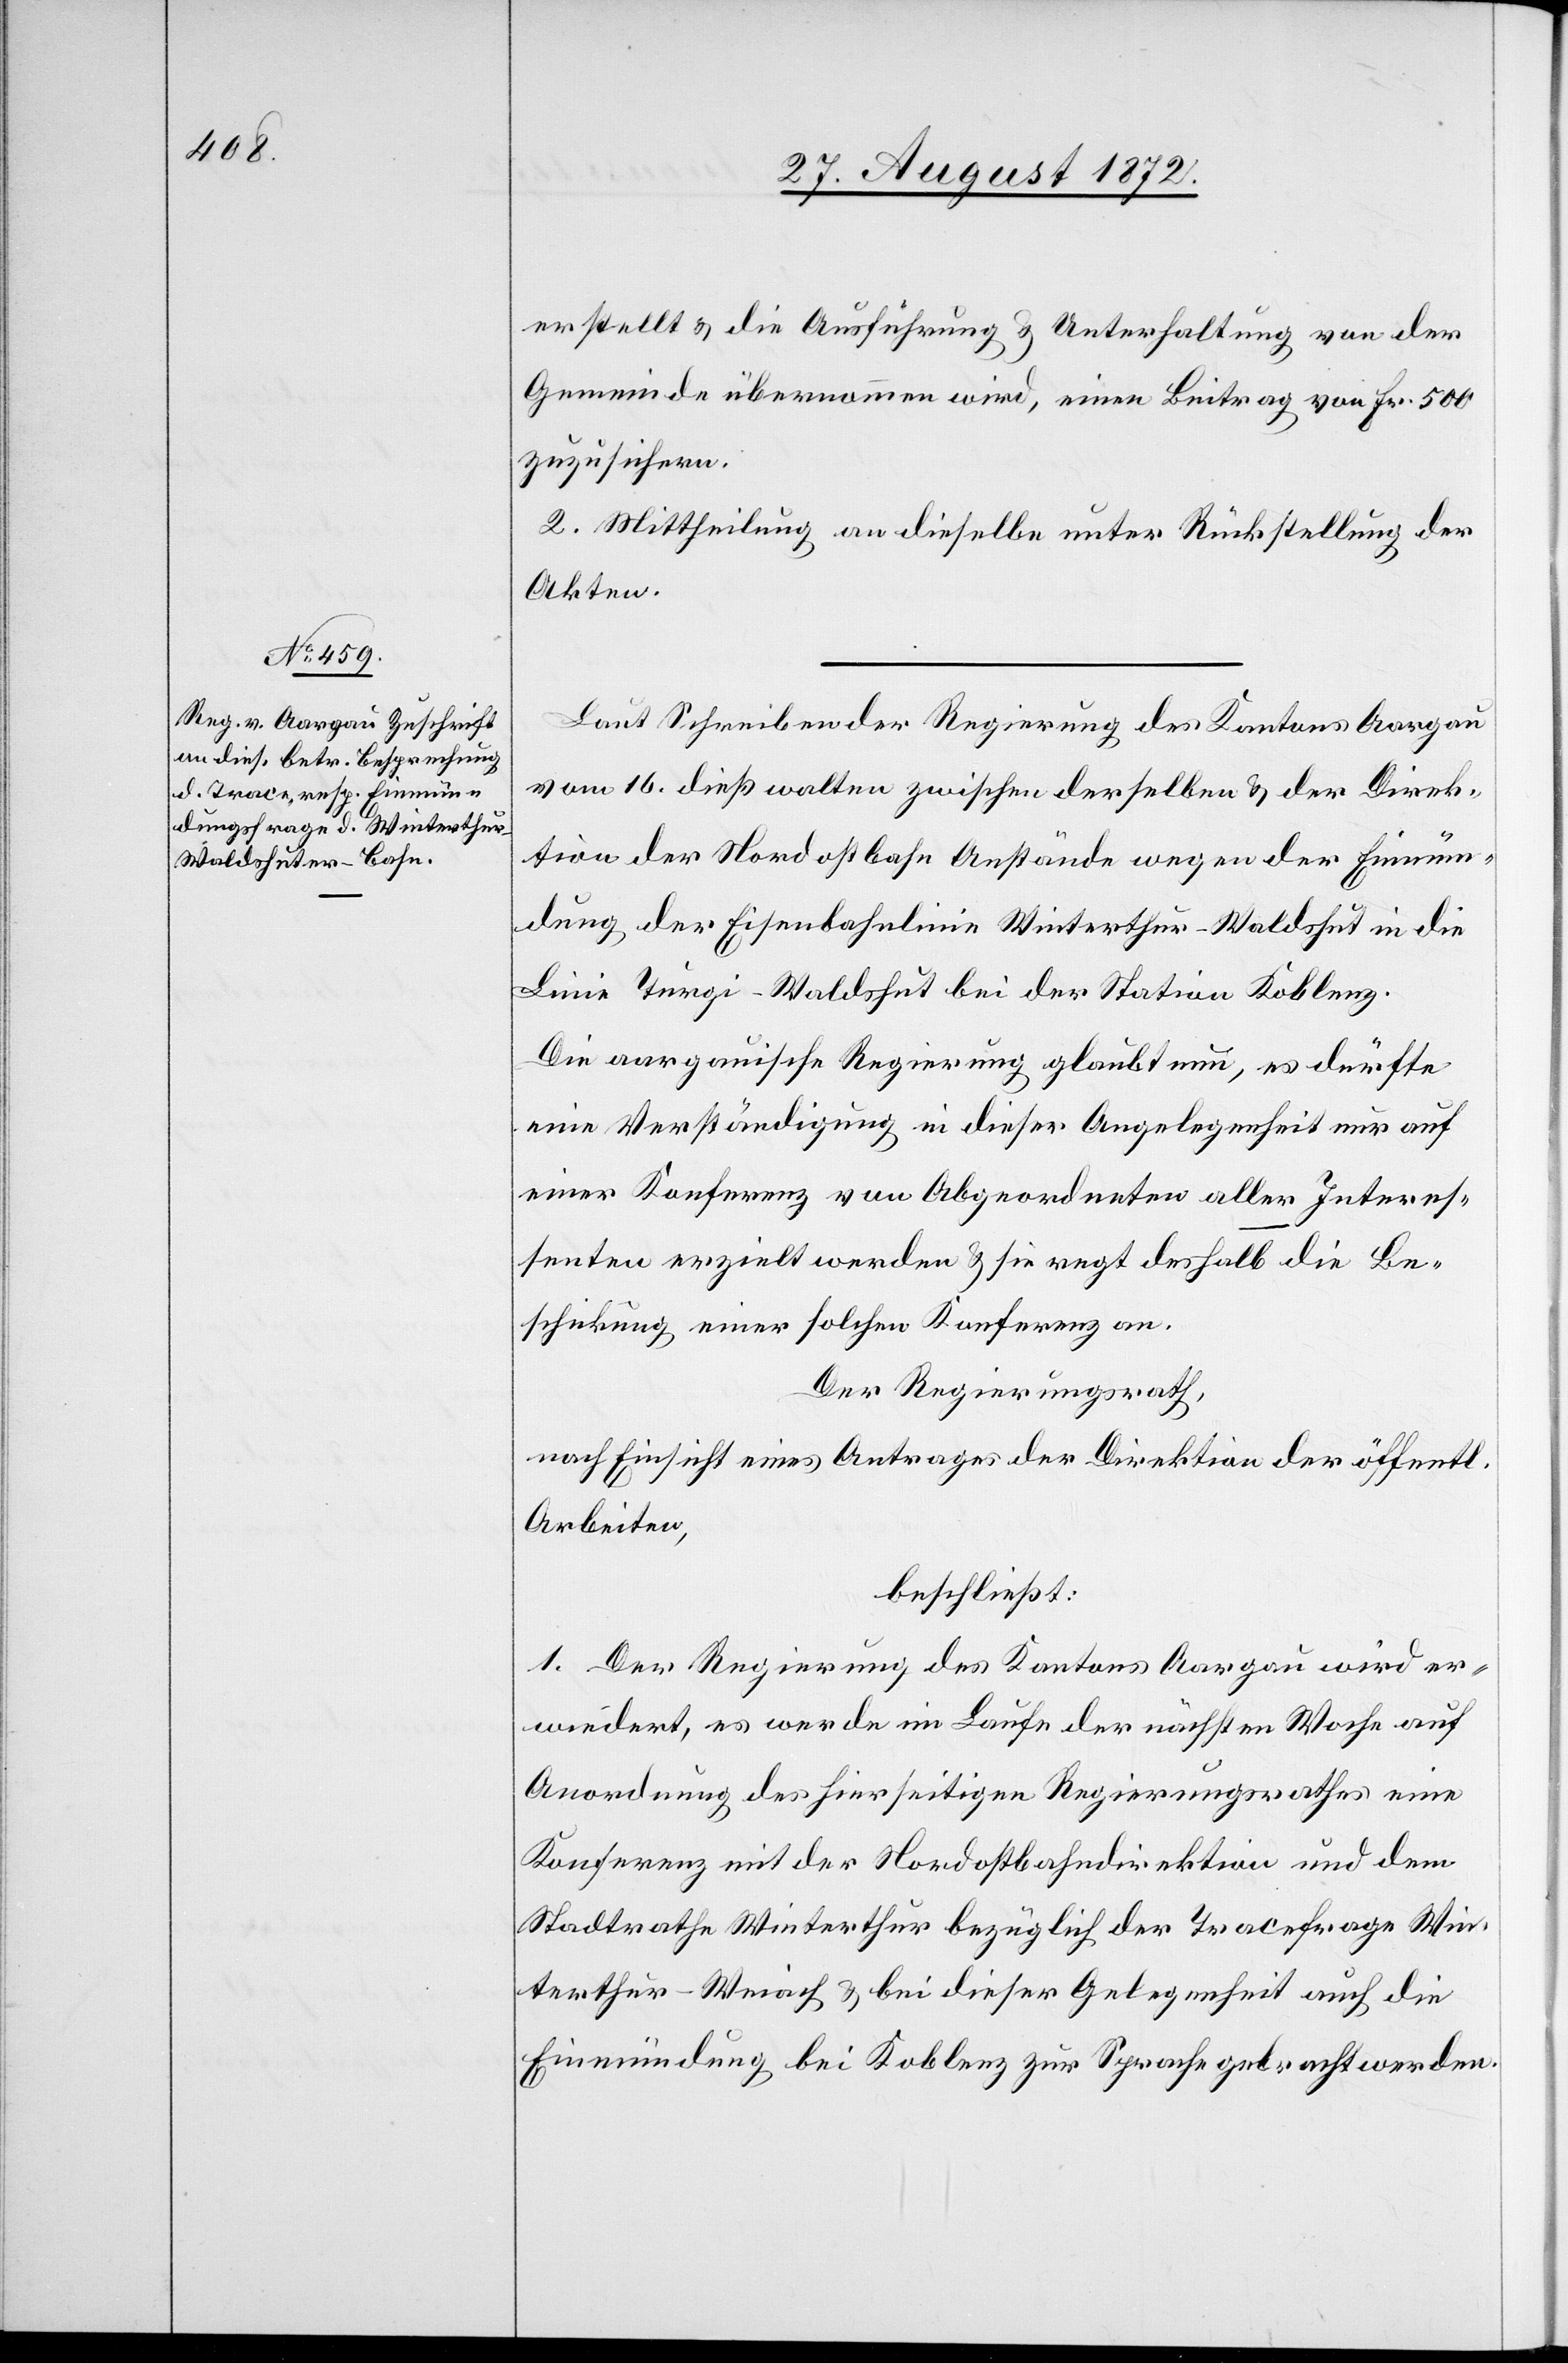
erstellt u. die Ausführung u. Unterhaltung von der
Gemeinde übernommen wird, einen Beitrag von Fr. 500
zuzusichern.
2. Mittheilung an dieselbe unter Rückstellung der
Akten.
Laut Schreiben der Regierung des Kantons Aargau
vom 16. dieß walten zwischen derselben u. der Direk¬
tion der Nordostbahn Anstände wegen der Einmün¬
dung der Eisenbahnlinie Winterthur–Waldshut in die
Linie Turgi–Waldshut bei der Station Koblenz.
Die aargauische Regierung glaubt nun, es dürfte
eine Verständigung in dieser Angelegenheit nur auf
einer Konferenz von Abgeordneten aller Interes¬
senten erzielt werden u. sie regt deshalb die Be¬
schickung einer solchen Konferenz an.
Der Regierungsrath,
nach Einsicht eines Antrages der Direktion der öffentl.
Arbeiten,
beschließt:
1. Der Regierung des Kantons Aargau wird er¬
wiedert, es werde im Laufe der nächsten Woche auf
Anordnung des hierseitigen Regierungsrathes eine
Konferenz mit der Nordostbahndirektion und dem
Stadtrathe Winterthur bezüglich der Tracefrage Win¬
terthur–Weiach u. bei dieser Gelegenheit auch die
Einmündung bei Koblenz zur Sprache gebracht werden